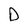
Character: D